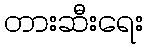
တားဆီးရေး